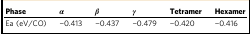
<table><thead><tr><td><b>Phase</b></td><td><b><i>α</i></b></td><td><b><i>β</i></b></td><td><b><i>γ</i></b></td><td><b>Tetramer</b></td><td><b>Hexamer</b></td></tr></thead><tbody><tr><td>Ea (eV/CO)</td><td>−0.413</td><td>−0.437</td><td>−0.479</td><td>−0.420</td><td>−0.416</td></tr></tbody></table>